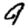
Digit: 9